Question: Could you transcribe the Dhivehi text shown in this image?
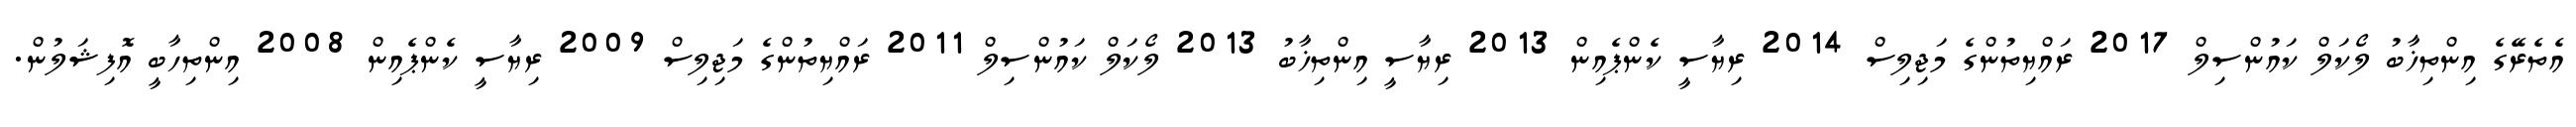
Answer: އެތެރޭގެ އިންތިޚާބު ލޯކަލް ކައުންސިލް 2017 ރައްޔިތުންގެ މަޖިލިސް 2014 ރިޔާސީ ކެންޕެއިން 2013 ރިޔާސީ އިންތިޚާބު 2013 ލޯކަލް ކައުންސިލް 2011 ރައްޔިތުންގެ މަޖިލިސް 2009 ރިޔާސީ ކެންޕެއިން 2008 އިންތިހާބީ އޮފިޝަލުން.